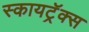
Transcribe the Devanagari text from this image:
स्कायट्रॅक्स